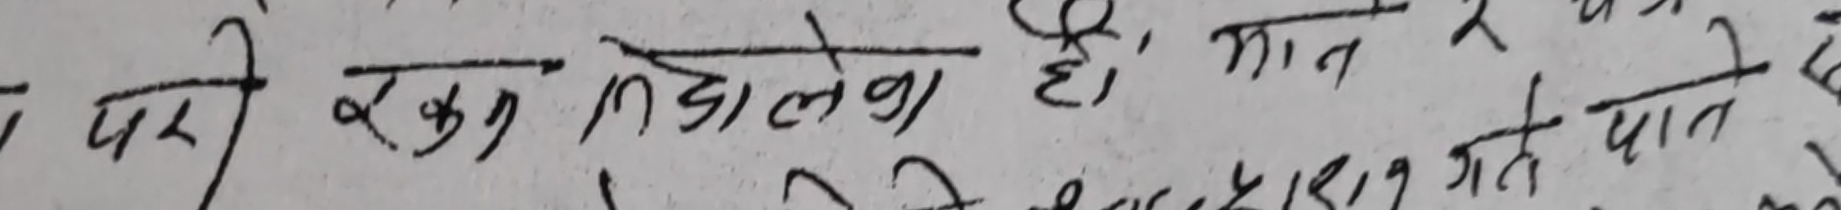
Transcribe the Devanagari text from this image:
परी रकम निदालमा हो, मान २ गते पान दे